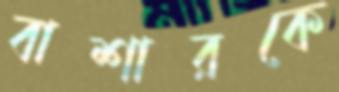
বাশারকে